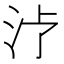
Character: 𱥶